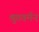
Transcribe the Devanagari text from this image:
श्रुतवर्मन